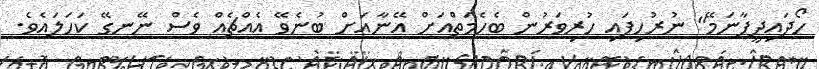
ހޯދައިދީފާނަމޭ" ނުރުހިފައި ހުރިވަރުން ބެހެމަތްއަށް އޭނާއަށް ބުނެވޭ އެއްޗެއް ވެސް ނޭނގޭ ކަހަލައެވެ.